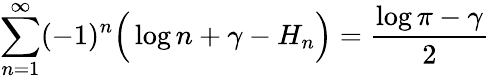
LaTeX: \sum_{n=1}^{\infty}(-1)^{n}{\Big(}\log n+\gamma-H_{n}{\Big)}={\frac{\log\pi-\gamma}{2}}